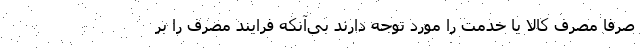
صرفا مصرف کالا یا خدمت را مورد توجه دارند بی‌آنکه فرایند مصرف را بر